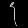
Digit: ၄